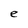
Character: e